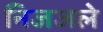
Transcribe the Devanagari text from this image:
निजजले